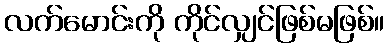
လက်မောင်းကို ကိုင်လျှင်ဖြစ်မဖြစ်။